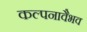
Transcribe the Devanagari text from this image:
कल्पनावैभव